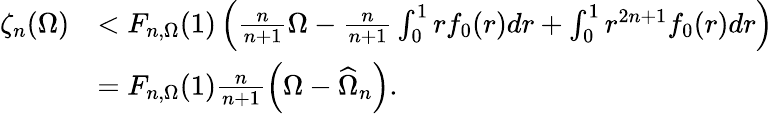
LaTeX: \begin{array}{rl}{\zeta_{n}(\Omega)}&{<F_{n,\Omega}(1)\left(\frac{n}{n+1}\Omega-\frac{n}{n+1}\int_{0}^{1}rf_{0}(r)dr+\int_{0}^{1}r^{2n+1}f_{0}(r)dr\right)}\\ &{=F_{n,\Omega}(1)\frac{n}{n+1}\left(\Omega-\widehat\Omega_{n}\right).}\end{array}